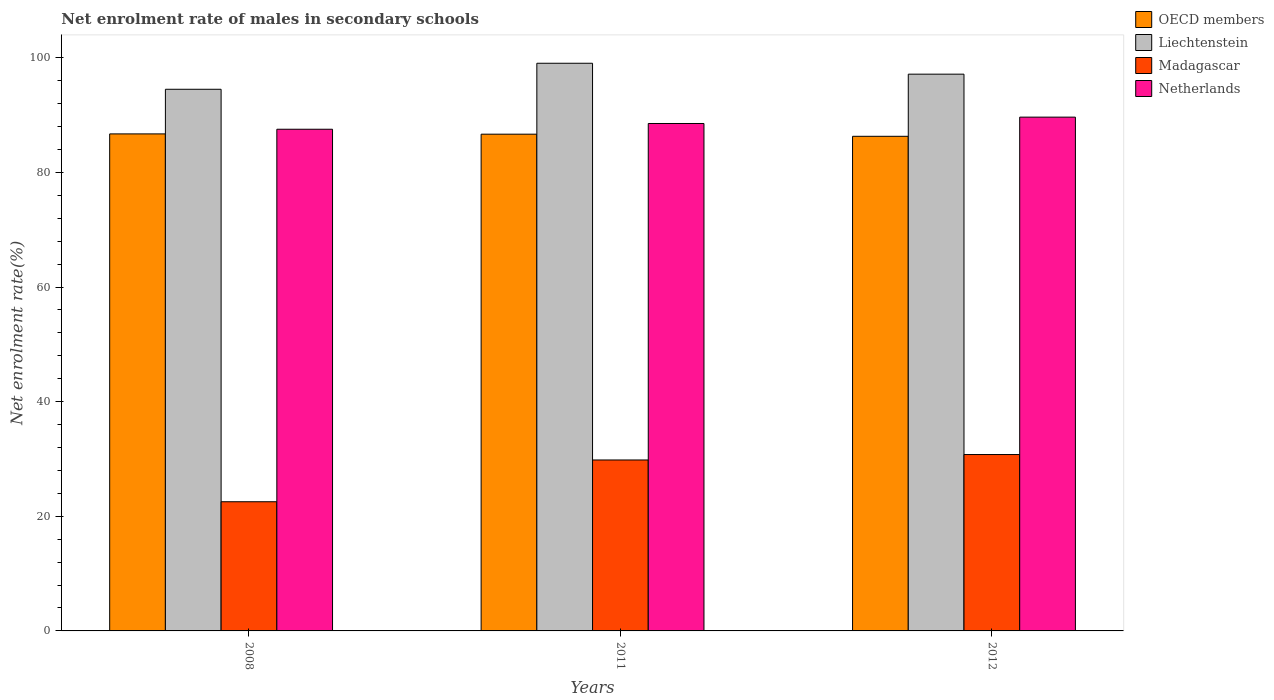
| Years | OECD members | Liechtenstein | Madagascar | Netherlands |
 | --- | --- | --- | --- | --- |
 | 2008 | 86.7 | 94.5 | 22.5 | 87.5 |
 | 2011 | 86.7 | 99 | 29.8 | 88.5 |
 | 2012 | 86.3 | 97.1 | 30.8 | 89.6 |